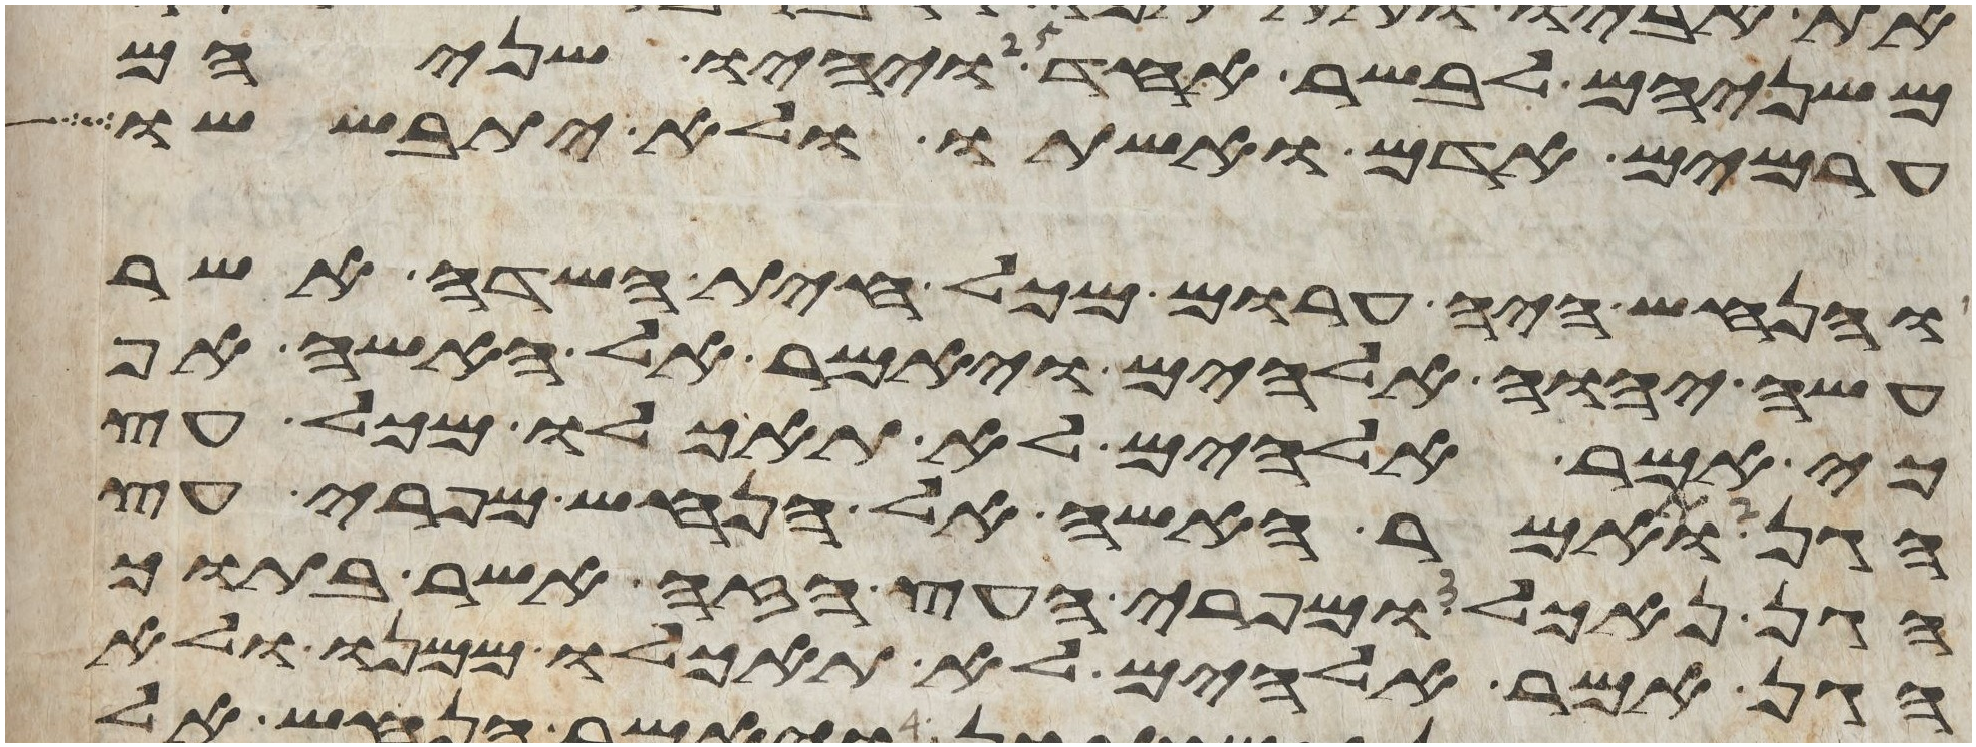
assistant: משניהם לבשר אחד ויהיו שניהם
ערמים אדם ואשתו ולא יתבששו
והנחש היה ערום מכל חית השדה אשר
עשה יהוה אלהים ויאמר אל האשה אף
כי אמר אלהים לא תאכלו מכל עץ
הגן ותאמר האשה אל הנחש מפרי עץ
הגן נאכל ומפרי העץ הזה אשר בתוך
הגן אמר אלהים לא תאכלו ממנו ולא